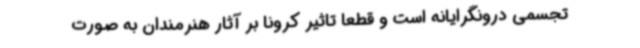
تجسمی درونگرایانه است و قطعا تاثیر کرونا بر آثار هنرمندان به صورت